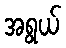
အရွယ်